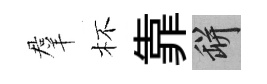
羣杯靠瓶